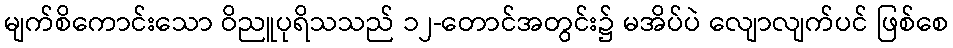
မျက်စိကောင်းသော ဝိညူပုရိသသည် ၁၂-တောင်အတွင်း၌ မအိပ်ပဲ လျောလျက်ပင် ဖြစ်စေ